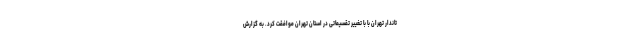
تاندار تهران با با تغییر تقسیماتی در استان تهران موافقت کرد. به گزارش